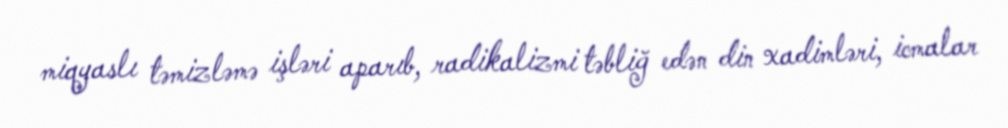
miqyaslı təmizləmə işləri aparıb, radikalizmi təbliğ edən din xadimləri, icmalar